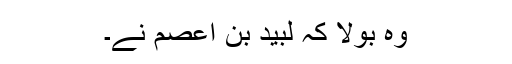
وہ بولا کہ لبید بن اعصم نے۔